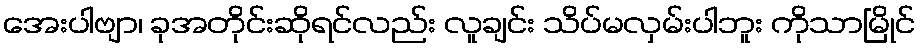
အေးပါဗျာ၊ ခုအတိုင်းဆိုရင်လည်း လူချင်း သိပ်မလှမ်းပါဘူး ကိုသာမြိုင်